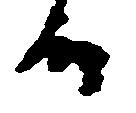
候